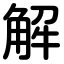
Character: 解